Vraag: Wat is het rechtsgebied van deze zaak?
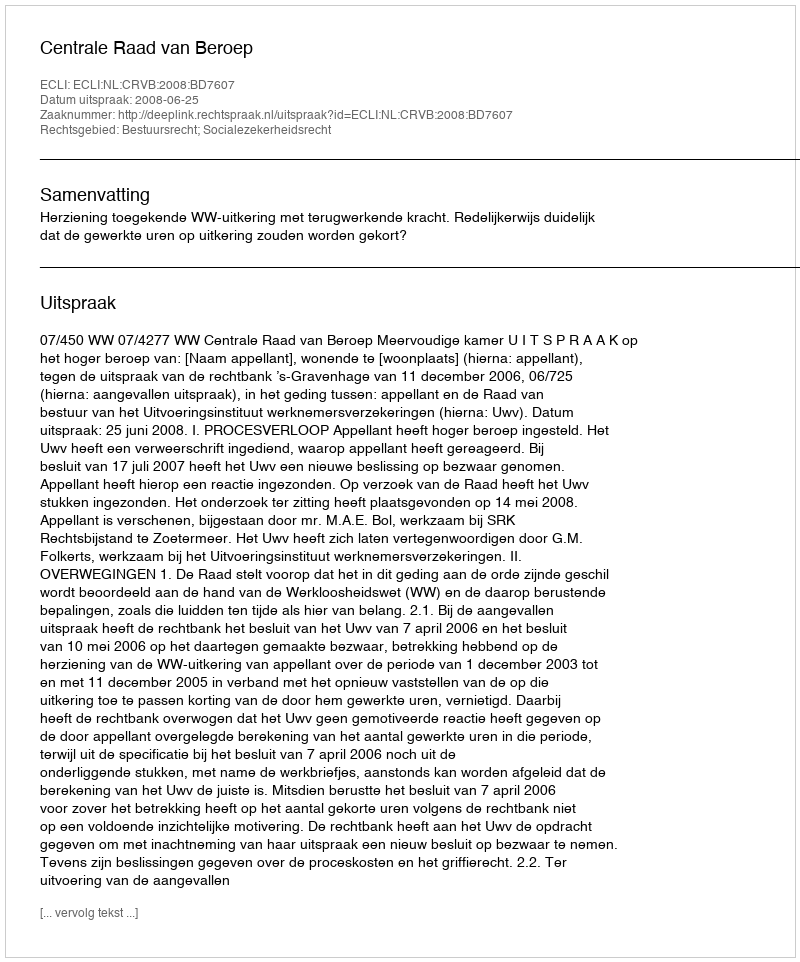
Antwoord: Bestuursrecht; Socialezekerheidsrecht